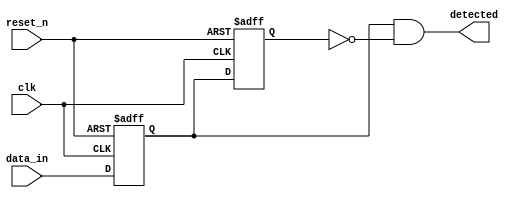
module dual_ff_detector (
    input wire clk,          // Clock input
    input wire reset_n,      // Asynchronous active-low reset
    input wire data_in,      // Input data stream
    output reg detected      // Output signal indicating detection
);

// Internal signals for the flip-flops
reg ff1, ff2;

// Always block for the dual flip-flops
always @(posedge clk or negedge reset_n) begin
    if (!reset_n) begin
        ff1 <= 1'b0; // Initialize FF1 to 0 on reset
        ff2 <= 1'b0; // Initialize FF2 to 0 on reset
    end else begin
        ff1 <= data_in; // Sample input signal into FF1
        ff2 <= ff1;      // Propagate FF1 output to FF2
    end
end

// Combinational logic for detection
always @(*) begin
    // Example detection logic: Detect rising edge
    detected = (ff1 == 1'b1 && ff2 == 1'b0); // Output high on rising edge detection
end

endmodule